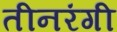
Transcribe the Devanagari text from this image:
तीनरंगी